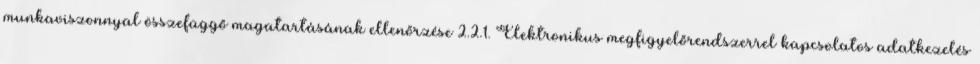
munkaviszonnyal összefüggő magatartásának ellenőrzése 2.2.1. Elektronikus megfigyelőrendszerrel kapcsolatos adatkezelés